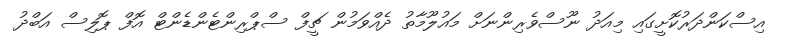
އިސްކަންދަރުކޮށީގައި މިއަދު ނޫސްވެރިންނަށް މައުލޫމާތު ދެއްވަމުން ޗީފް ސްޕްރިންޓެންޑެންޓް އޮފް ޕޮލިސް އަބްދު